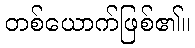
တစ်ယောက်ဖြစ်၏။